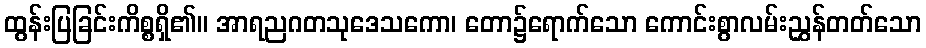
ထွန်းပြခြင်းကိစ္စရှိ၏။ အာရညဂတသုဒေသကော၊ တော၌ရောက်သော ကောင်းစွာလမ်းညွှန်တတ်သော